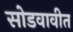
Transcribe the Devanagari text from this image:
सोडवावीत